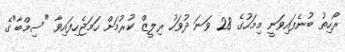
ރޯހިތު ބުނެފައިވަނީ މިމަހުގެ 28 ވަނަ ދުވަހު ރިލީޒް ކުރުމަށް ހަމަޖެހިފައިވާ "ސިމްބާ"ގެ